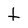
Character: t